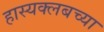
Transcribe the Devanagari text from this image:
हास्यक्लबच्या